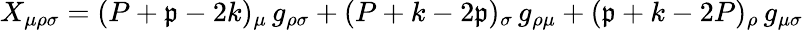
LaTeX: X_{\mu\rho\sigma}=(P+\mathfrak{p}-2k)_{\mu}\, g_{\rho\sigma}+(P+k-2\mathfrak{p})_{\sigma}\, g_{\rho\mu}+(\mathfrak{p}+k-2P)_{\rho}\, g_{\mu\sigma}